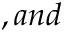
, a n d